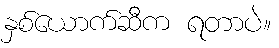
နှစ်ယောက်ဆီက ရတာပဲ။